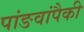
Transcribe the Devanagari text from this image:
पांङवांपैकी